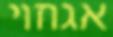
אגוזוי